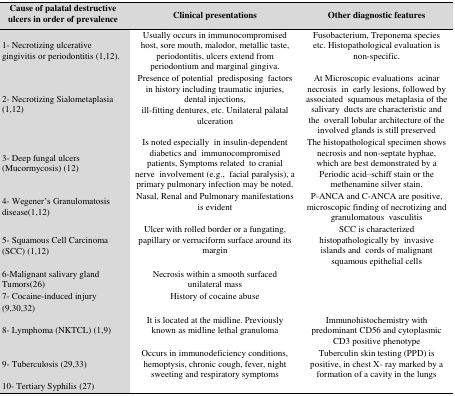
<table><thead><tr><td><b>Cause of palatal destructive ulcers in order of prevalence</b></td><td><b>Clinical presentations</b></td><td><b>Other diagnostic features</b></td></tr></thead><tbody><tr><td><b>1- Necrotizing ulcerative gingivitis or periodontitis (1,12).</b></td><td>Usually occurs in immunocompromised host, sore mouth, malodor, metallic taste, periodontitis, ulcers extend from periodontium and marginal gingiva.</td><td>Fusobacterium, Treponema species etc. Histopathological evaluation is non-specific.</td></tr><tr><td><b>2- Necrotizing Sialometaplasia (1,12)</b></td><td>Presence of potential predisposing factors in history including traumatic injuries, dental injections,ill-fitting dentures, etc. Unilateral palatal ulceration</td><td>At Microscopic evaluations acinar necrosis in early lesions, followed by associated squamous metaplasia of the salivary ducts are characteristic and the overall lobular architecture of the involved glands is still preserved</td></tr><tr><td><b>3- Deep fungal ulcers (Mucormycosis) (12)</b></td><td>Is noted especially in insulin-dependent diabetics and immunocompromised patients, Symptoms related to cranial nerve involvement (e.g., facial paralysis), a primary pulmonary infection may be noted.</td><td>The histopathological specimen shows necrosis and non-septate hyphae, which are best demonstrated by a Periodic acid–schiff stain or the methenamine silver stain.</td></tr><tr><td><b>4- Wegener’s Granulomatosis disease(1,12)</b></td><td>Nasal, Renal and Pulmonary manifestations is evident</td><td>P-ANCA and C-ANCA are positive, microscopic finding of necrotizing and granulomatous vasculitis</td></tr><tr><td><b>5- Squamous Cell Carcinoma (SCC) (1,12)</b></td><td>Ulcer with rolled border or a fungating, papillary or verruciform surface around its margin</td><td>SCC is characterized histopathologically by invasive islands and cords of malignantsquamous epithelial cells</td></tr><tr><td><b>6-Malignant salivary gland Tumors(26)</b></td><td>Necrosis within a smooth surfaced unilateral mass</td><td></td></tr><tr><td><b>7- Cocaine-induced injury</b><b>(9,30,32)</b></td><td>History of cocaine abuse</td><td></td></tr><tr><td><b>8- Lymphoma (NKTCL) (1,9)</b></td><td>It is located at the midline. Previously known as midline lethal granuloma</td><td>Immunohistochemistry with predominant CD56 and cytoplasmic CD3 positive phenotype</td></tr><tr><td><b>9- Tuberculosis (29,33)</b></td><td>Occurs in immunodeficiency conditions, hemoptysis, chronic cough, fever, night sweeting and respiratory symptoms</td><td>Tuberculin skin testing (PPD) is positive, in chest X- ray marked by a formation of a cavity in the lungs</td></tr><tr><td><b>10- Tertiary Syphilis (27)</b></td><td></td><td></td></tr></tbody></table>